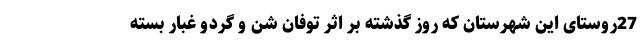
27روستای این شهرستان که روز گذشته بر اثر توفان شن و گردو غبار بسته